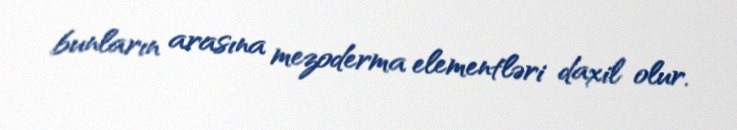
bunların arasına mezoderma elementləri daxil olur.